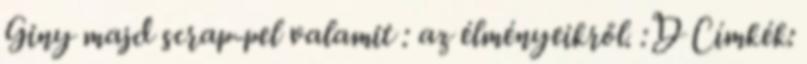
Giny majd scrap-pel valamit : az élményeikről. :D Címkék: